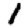
Digit: 1